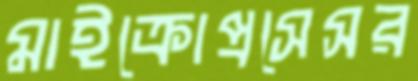
মাইক্রোপ্রসেসর